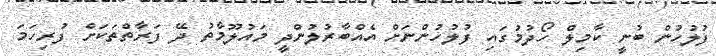
ފުލުހުން ބުނީ ކާމިލް ހޯދުމުގައި ފުލުހުންނަށް އެއްބާރުލުންދީ މައުލޫމާތު ދޭ ފަރާތްތަކަށް ފުރިހަމަ